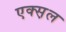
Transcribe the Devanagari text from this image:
एक्स़ल